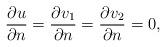
LaTeX: \begin{align*}\frac{\partial u}{\partial n}=\frac{\partial v_1}{\partial n}=\frac{\partial v_2}{\partial n}=0,\end{align*}